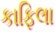
કાફિલા